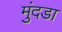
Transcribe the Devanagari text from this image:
मुंदडा